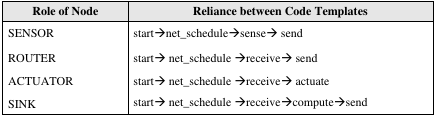
| Role of Node | Reliance between Code Templates |
 | --- | --- |
 | SENSOR | start → net_schedule→sense→ send |
 | ROUTER | start → net_schedule →receive→ send |
 | ACTUATOR | start → net_schedule →receive→ actuate |
 | SINK | start → net_schedule →receive→compute→ send |